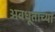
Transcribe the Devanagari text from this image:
अवधूताच्या